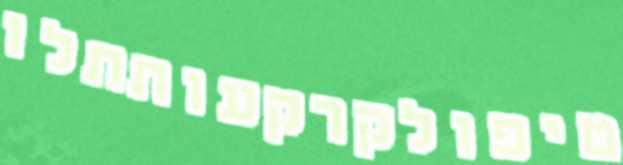
טיפולקרקעותתלו